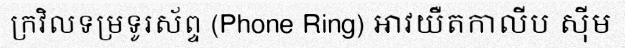
ក្រវិលទម្រទូរស័ព្ទ (Phone Ring) អាវយឺតកាលីប ស៊ីម